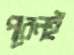
পরেনই